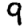
Digit: 9